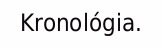
Kronológia.